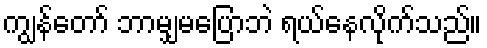
ကျွန်တော် ဘာမျှမပြောဘဲ ရယ်နေလိုက်သည်။